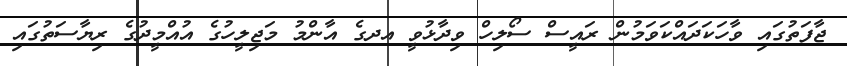
ޖާފަތުގައި ވާހަކަދައްކަވަމުން ރައީސް ސޯލިހް ވިދާޅުވީ އދގެ އާންމު މަޖިލީހުގެ އުއްމީދުގެ ރިޔާސަތުގައި